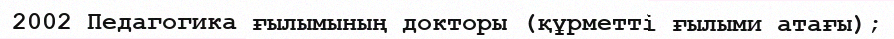
2002 Педагогика ғылымының докторы (құрметті ғылыми атағы);